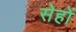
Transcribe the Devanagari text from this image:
सेहों